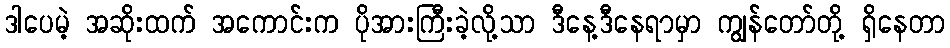
ဒါပေမဲ့ အဆိုးထက် အကောင်းက ပိုအားကြီးခဲ့လို့သာ ဒီနေ့ဒီနေရာမှာ ကျွန်တော်တို့ ရှိနေတာ